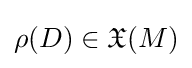
\rho (D)\in {\mathfrak {X}}(M)